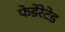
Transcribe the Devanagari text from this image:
फेडेरेटेड